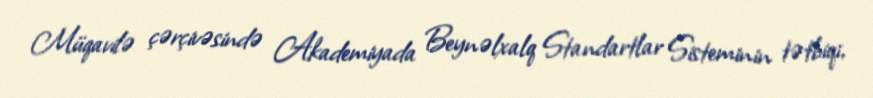
Müqavilə çərçivəsində Akademiyada Beynəlxalq Standartlar Sisteminin tətbiqi,